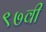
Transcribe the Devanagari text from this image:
९७वी